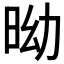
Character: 𣅺